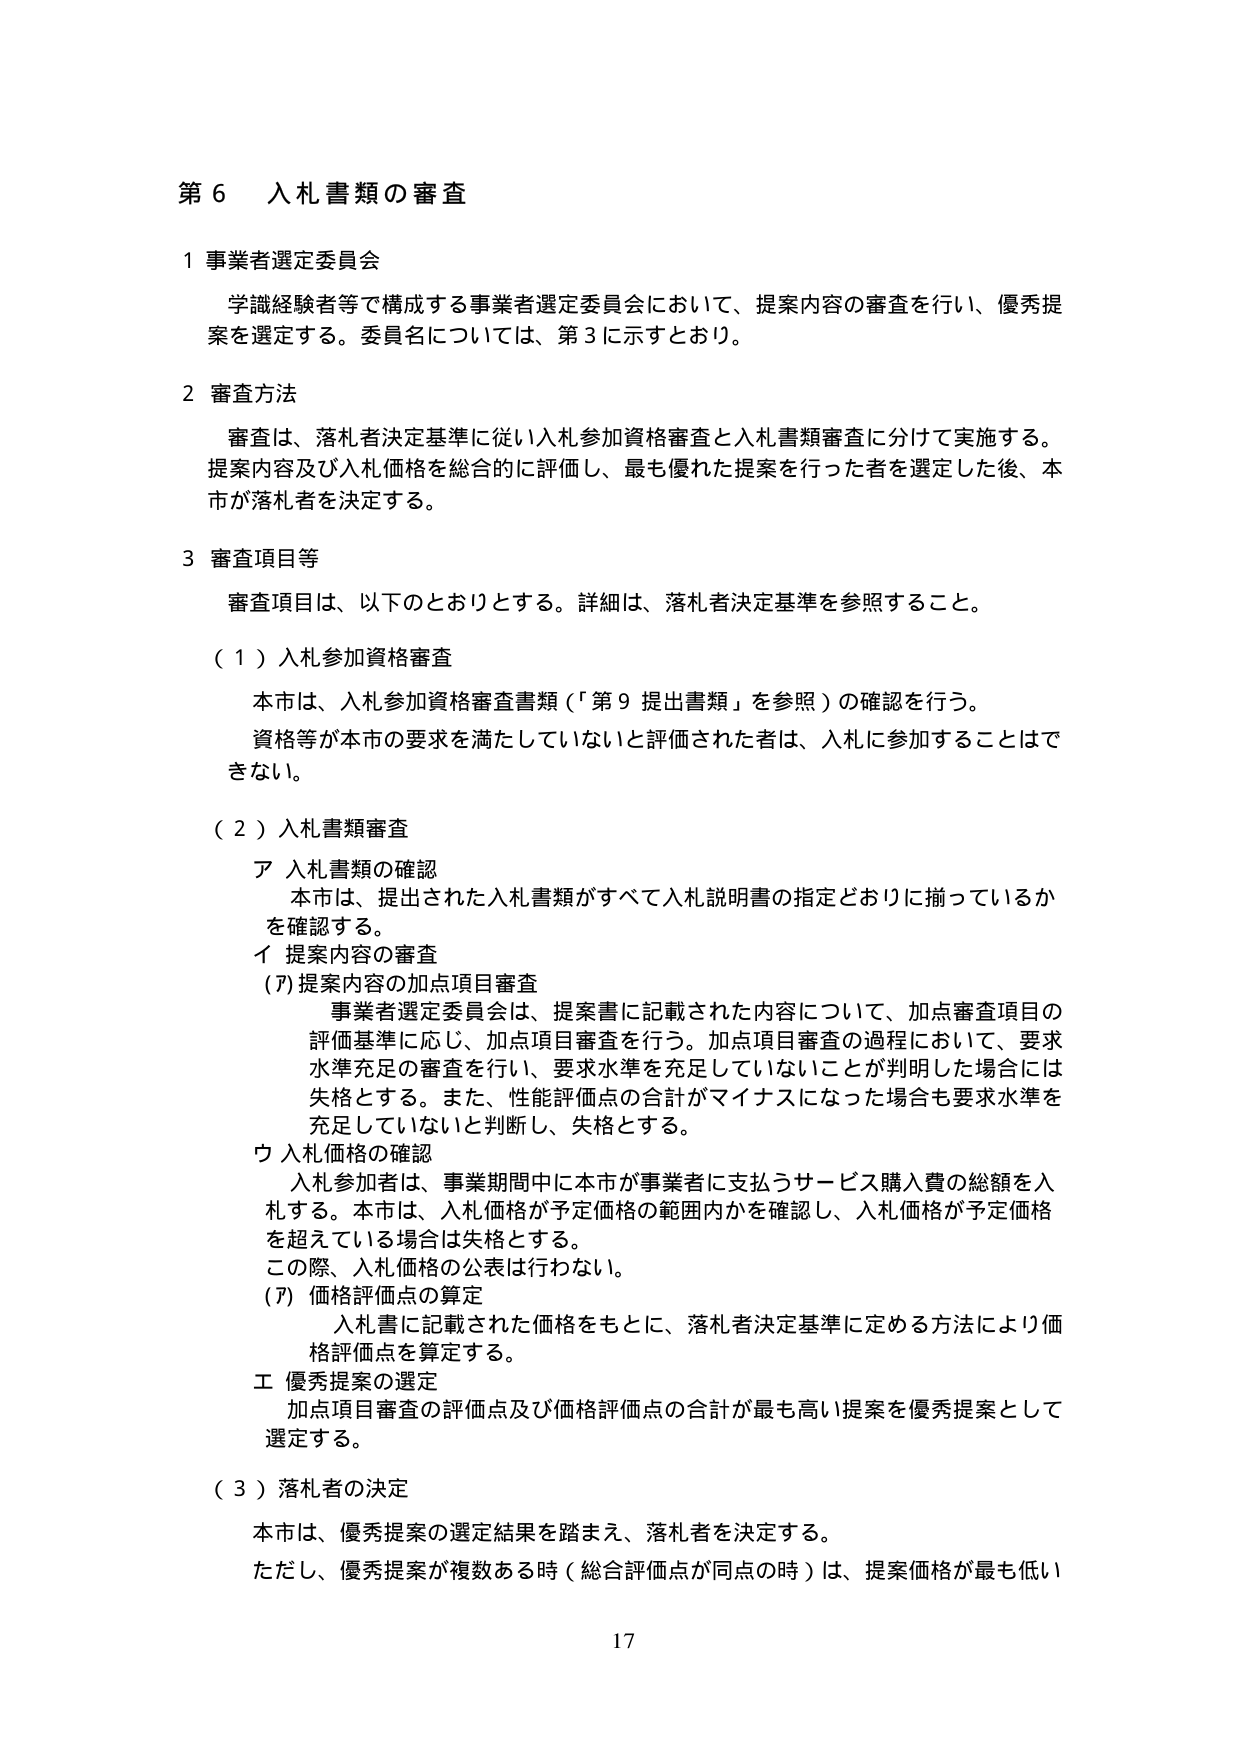
第６ 入札書類の審査

１ 事業者選定委員会
　学識経験者等で構成する事業者選定委員会において、提案内容の審査を行い、優秀提案を選定する。委員名については、第３に示すとおり。

２ 審査方法
　審査は、落札者決定基準に従い入札参加資格審査と入札書類審査に分けて実施する。提案内容及び入札価格を総合的に評価し、最も優れた提案を行った者を選定した後、本市が落札者を決定する。

３ 審査項目等
　審査項目は、以下のとおりとする。詳細は、落札者決定基準を参照すること。

（１）入札参加資格審査
　本市は、入札参加資格審査書類（「第９ 提出書類」を参照）の確認を行う。
　資格等が本市の要求を満たしていないと評価された者は、入札に参加することはできない。

（２）入札書類審査
　ア 入札書類の確認
　　本市は、提出された入札書類がすべて入札説明書の指定どおりに揃っているかを確認する。
　イ 提案内容の審査
　　(ｱ) 提案内容の加点項目審査
　　　事業者選定委員会は、提案書に記載された内容について、加点審査項目の評価基準に応じ、加点項目審査を行う。加点項目審査の過程において、要求水準充足の審査を行い、要求水準を充足していないことが判明した場合には失格とする。また、性能評価点の合計がマイナスになった場合も要求水準を充足していないと判断し、失格とする。
　　ウ 入札価格の確認
　　　入札参加者は、事業期間中に本市が事業者に支払うサービス購入費の総額を入札する。本市は、入札価格が予定価格の範囲内かを確認し、入札価格が予定価格を超えている場合は失格とする。
　　　この際、入札価格の公表は行わない。
　　(ｱ) 価格評価点の算定
　　　入札書に記載された価格をもとに、落札者決定基準に定める方法により価格評価点を算定する。
　　エ 優秀提案の選定
　　　加点項目審査の評価点及び価格評価点の合計が最も高い提案を優秀提案として選定する。

（３）落札者の決定
　本市は、優秀提案の選定結果を踏まえ、落札者を決定する。
　ただし、優秀提案が複数ある時（総合評価点が同点の時）は、提案価格が最も低い

17